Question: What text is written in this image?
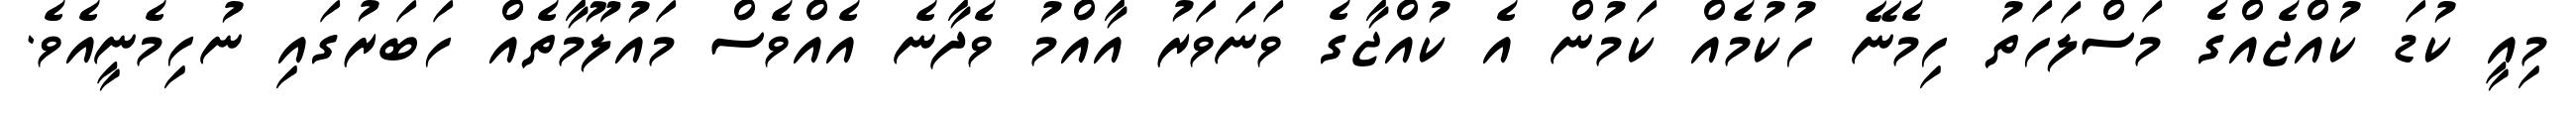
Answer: މިއީ ކުޑަ ކުއްޖެއްގެ މަސްލަހަތު ހިމެނޭ ހުކުމެއް ކަމުން އެ ކުއްޖާގެ ވަނަވަރު އާއްމު ވެދާނެ އެއްވެސް މައުލޫމާތެއް ހަބަރުގައި ނުހިމެނީއެވެ.